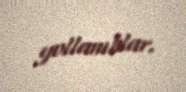
yollanıblar.